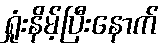
ရှုံးနိမ့်ပြီးနောက်